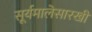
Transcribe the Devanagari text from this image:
सूर्यमालेसारखी